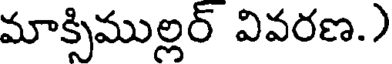
మాక్సిముల్లర్ వివరణ.)